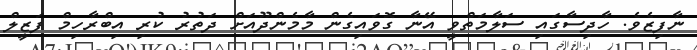
ނާފިޒެވެ. ހާދިސާގައި ސަލާމަތްވީ އޭނާ ގޮވައިގެން މާމެންދޫއަށް ދަތުރު ކުރި އިބްރާހިމް ފަޒީލް